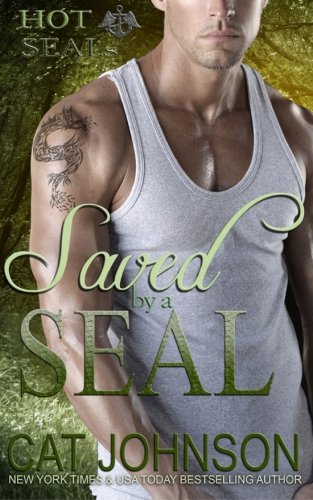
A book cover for Saved by a SEAL (Hot SEALs) (Volume 2); Cat Johnson; Romance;